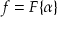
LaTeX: f = F \{ \alpha \}